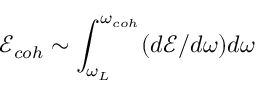
\mathcal { E } _ { c o h } \sim \int _ { \omega _ { L } } ^ { \omega _ { c o h } } ( d \mathcal { E } / d \omega ) d \omega